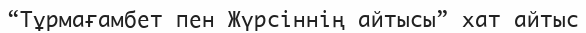
“Тұрмағамбет пен Жүрсіннің айтысы” хат айтыс